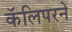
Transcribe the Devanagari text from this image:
कॅलिपरने